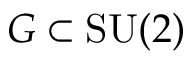
G \subset { \mathrm { S U } } ( 2 )